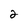
Character: 2